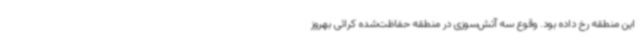
این منطقه رخ داده بود. وقوع سه آتش‌سوزی در منطقه حفاظت‌شده کرائی بهروز